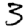
Digit: 3